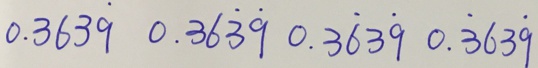
0 . 3 6 3 \dot { 9 } 0 . 3 6 \dot { 3 } \dot { 9 } 0 . 3 \dot { 6 } 3 \dot { 9 } 0 . \dot { 3 } 6 3 \dot { 9 }